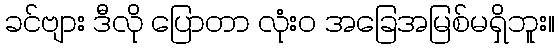
ခင်ဗျား ဒီလို ပြောတာ လုံးဝ အခြေအမြစ်မရှိဘူး။